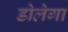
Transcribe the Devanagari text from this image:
डोलेगा